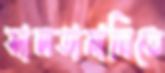
সালতামামিতে